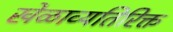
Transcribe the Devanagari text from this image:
खेळाव्यतिरिक्त